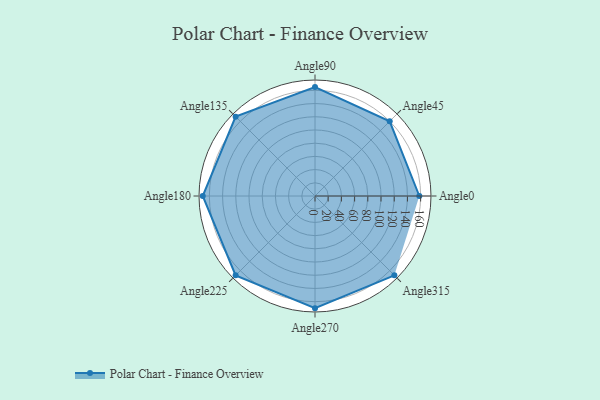
{"axis": {"x": "Angle", "y": "Radius"}, "legend": [""], "data": [{"x": "Angle0", "y": 158.0, "type": ""}, {"x": "Angle45", "y": 160.0, "type": ""}, {"x": "Angle90", "y": 165.0, "type": ""}, {"x": "Angle135", "y": 170, "type": ""}, {"x": "Angle180", "y": 170, "type": ""}, {"x": "Angle225", "y": 170, "type": ""}, {"x": "Angle270", "y": 170, "type": ""}, {"x": "Angle315", "y": 170, "type": ""}]}